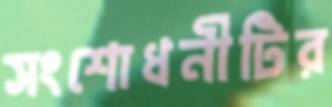
সংশোধনীটির